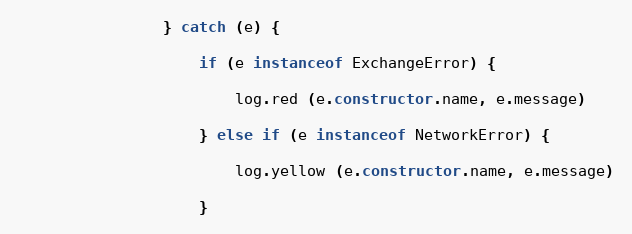
Language: JavaScript
                } catch (e) {

                    if (e instanceof ExchangeError) {

                        log.red (e.constructor.name, e.message)

                    } else if (e instanceof NetworkError) {

                        log.yellow (e.constructor.name, e.message)

                    }